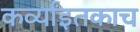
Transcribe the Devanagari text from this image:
कर्व्यांइतकाच